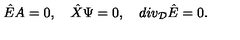
{ \hat { E } } A = 0 , \quad { \hat { X } } \Psi = 0 , \quad d i v _ { \cal D } { \hat { E } } = 0 .